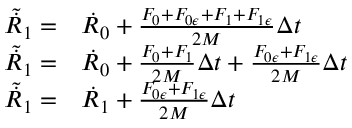
\begin{array} { r l } { \tilde { \dot { R } } _ { 1 } = } & { { } \dot { R } _ { 0 } + \frac { F _ { 0 } + F _ { 0 \epsilon } + F _ { 1 } + F _ { 1 \epsilon } } { 2 M } \Delta t } \\ { \tilde { \dot { R } } _ { 1 } = } & { { } \dot { R } _ { 0 } + \frac { F _ { 0 } + F _ { 1 } } { 2 M } \Delta t + \frac { F _ { 0 \epsilon } + F _ { 1 \epsilon } } { 2 M } \Delta t } \\ { \tilde { \dot { R } } _ { 1 } = } & { { } \dot { R } _ { 1 } + \frac { F _ { 0 \epsilon } + F _ { 1 \epsilon } } { 2 M } \Delta t } \end{array}